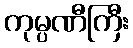
ကုမ္ပဏီကြီး